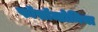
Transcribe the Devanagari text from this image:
फॉसॉम्ब्रोनिया